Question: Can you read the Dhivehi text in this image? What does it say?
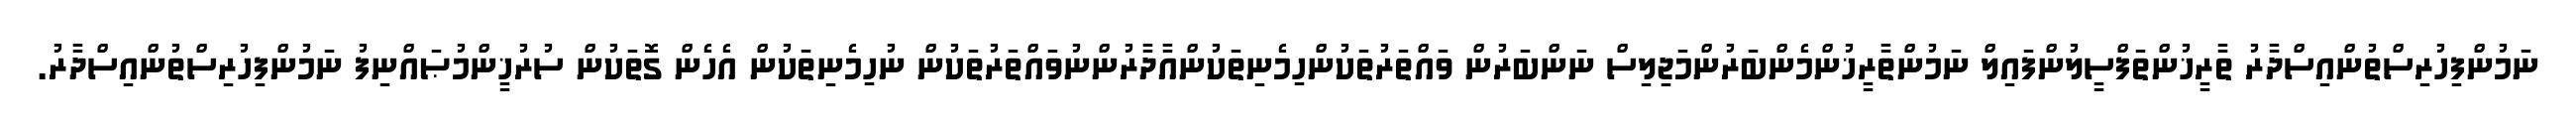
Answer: ނަމުންފިހުރިސްތުންއިސްދާރު ތާރީޚުންތަފްސީލުންފައިލް ނަމުންތާރީޚުންމެންބަރުންމަޖިލިސް ނަންބަރުން ވައްތަރުތަކުންހިމެނިތަކުންއާދާރުންނުވައްތަރުތަކުން ނުހިމެނިތަކުން އެހެން ގޮތަކުން ސުރުޚީންމުޞައްނިފު ނަމުންފިހުރިސްތުންއިސްދާރު.